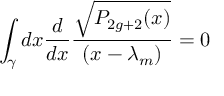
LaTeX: \int _ { \gamma } d x { \frac { d } { d x } } { \frac { \sqrt { P _ { 2 g + 2 } ( x ) } } { ( x - \lambda _ { m } ) } } = 0